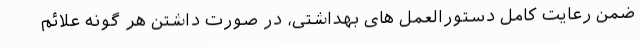
ضمن رعایت کامل دستورالعمل های بهداشتی، در صورت داشتن هر گونه علائم